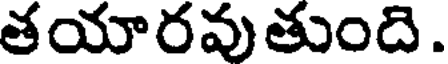
తయారవుతుంది.